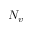
N _ { v }